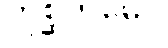
တုစ္ဆကမေဝ